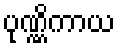
ပုဏ္ဏိကာယ